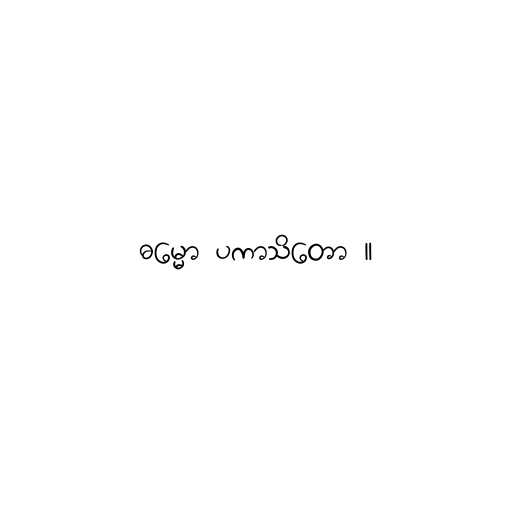
ဓမ္မော ပကာသိတော ။